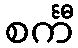
စင်္ကီ